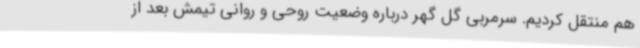
هم منتقل کردیم. سرمربی گل گهر درباره وضعیت روحی و روانی تیمش بعد از